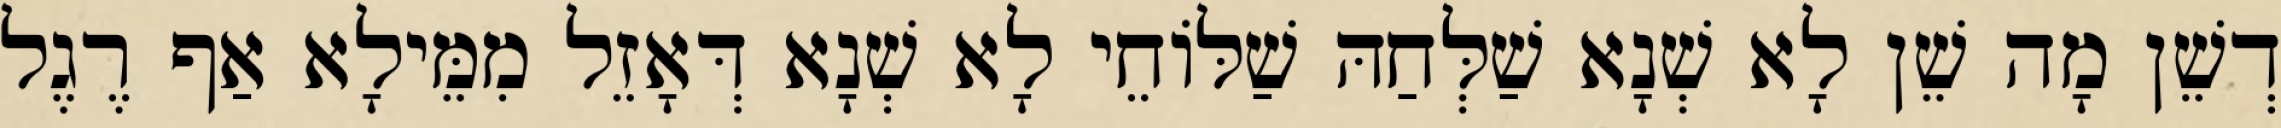
דְשֵׁן מָה שֵׁן לָא שְׁנָא שַׁלְּחַהּ שַׁלּוֹחֵי לָא שְׁנָא דְּאָזֵל מִמֵּילָא אַף רֶגֶל